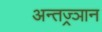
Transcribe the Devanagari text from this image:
अन्तज्र्ञान